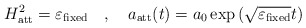
\begin{align*} H_{\rm att}^2=\varepsilon_{\rm fixed}\quad ,\quad a_{\rm att}(t)=a_{0}\exp\left(\sqrt{\varepsilon_{\rm fixed}}t\right)\end{align*}